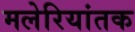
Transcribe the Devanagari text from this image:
मलेरियांतक